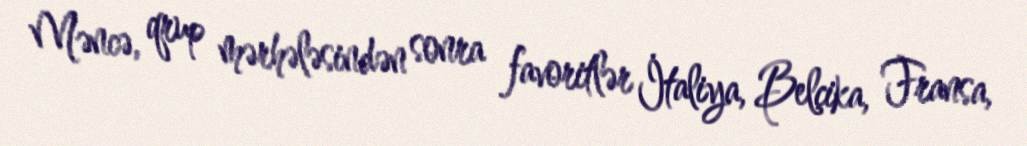
Məncə, qrup mərhələsindən sonra favoritlər İtaliya, Belçika, Fransa,